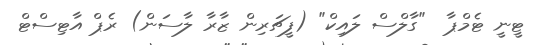
ޓީނީ ޓެމްޕާ  "ގާލްސް ލައިކް" (ފީޗަރިން ޒާރާ ލާސަން) ރެޕް އާޓިސްޓް